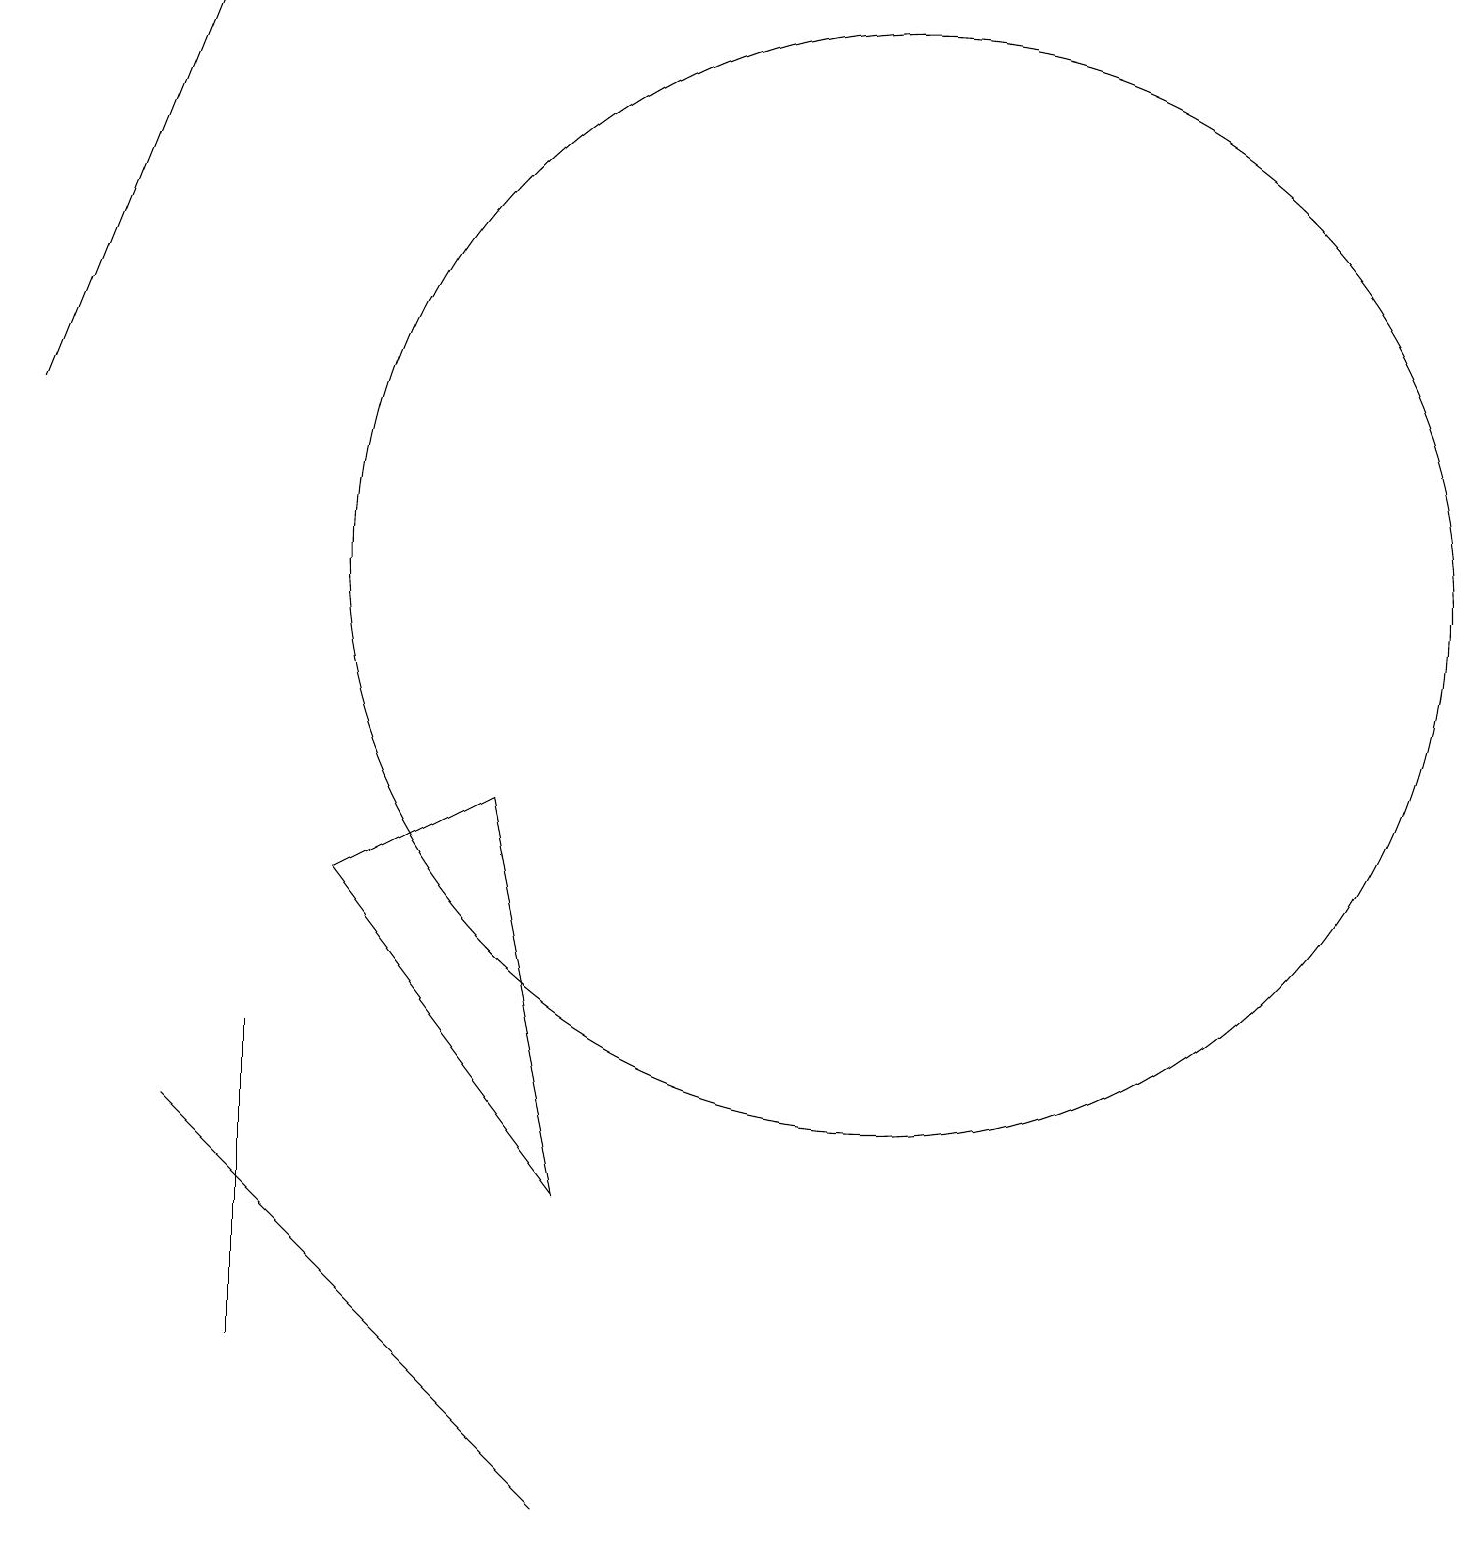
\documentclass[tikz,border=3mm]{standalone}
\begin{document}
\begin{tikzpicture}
\draw (3,6) -- (3,5) -- (3,2) -- cycle;
\draw[->] (0,14) -- (2,19);
\draw (2,5) -- (7,0) -- (6,1) -- cycle;
\draw (6,9) -- (4,8) -- (7,4) -- cycle;
\draw (11,12) circle (7);
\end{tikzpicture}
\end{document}